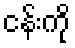
ငန်းကို